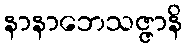
နာနာဘေသဇ္ဇာနိ